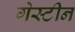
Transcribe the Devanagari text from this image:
गेस्टीन